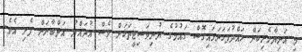
މި އަނިޔާވެރިކަން ހައްދުފަހަނަޅައިގޮސް ގައުމުގެ ޔުނިވަސިޓީތަކަށް ވެސް އުދައްޔު އަތްބާނަން ފެށި އެވެ.